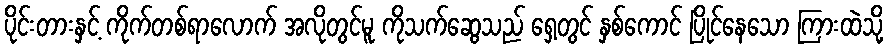
ပိုင်းတားနှင့် ကိုက်တစ်ရာလောက် အလိုတွင်မူ ကိုသက်ဆွေသည် ရှေ့တွင် နှစ်ကောင် ပြိုင်နေသော ကြားထဲသို့